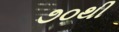
૭૦થી